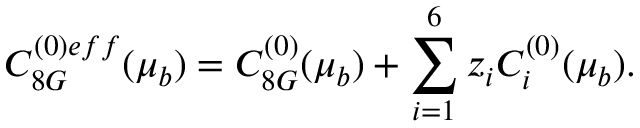
C _ { 8 G } ^ { ( 0 ) e f f } ( \mu _ { b } ) = C _ { 8 G } ^ { ( 0 ) } ( \mu _ { b } ) + \sum _ { i = 1 } ^ { 6 } z _ { i } C _ { i } ^ { ( 0 ) } ( \mu _ { b } ) .